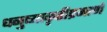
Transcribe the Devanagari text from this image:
धनुष्याकृतीप्रमाणे